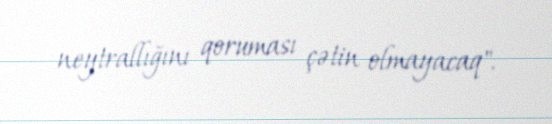
neytrallığını qoruması çətin olmayacaq".